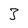
Character: 3